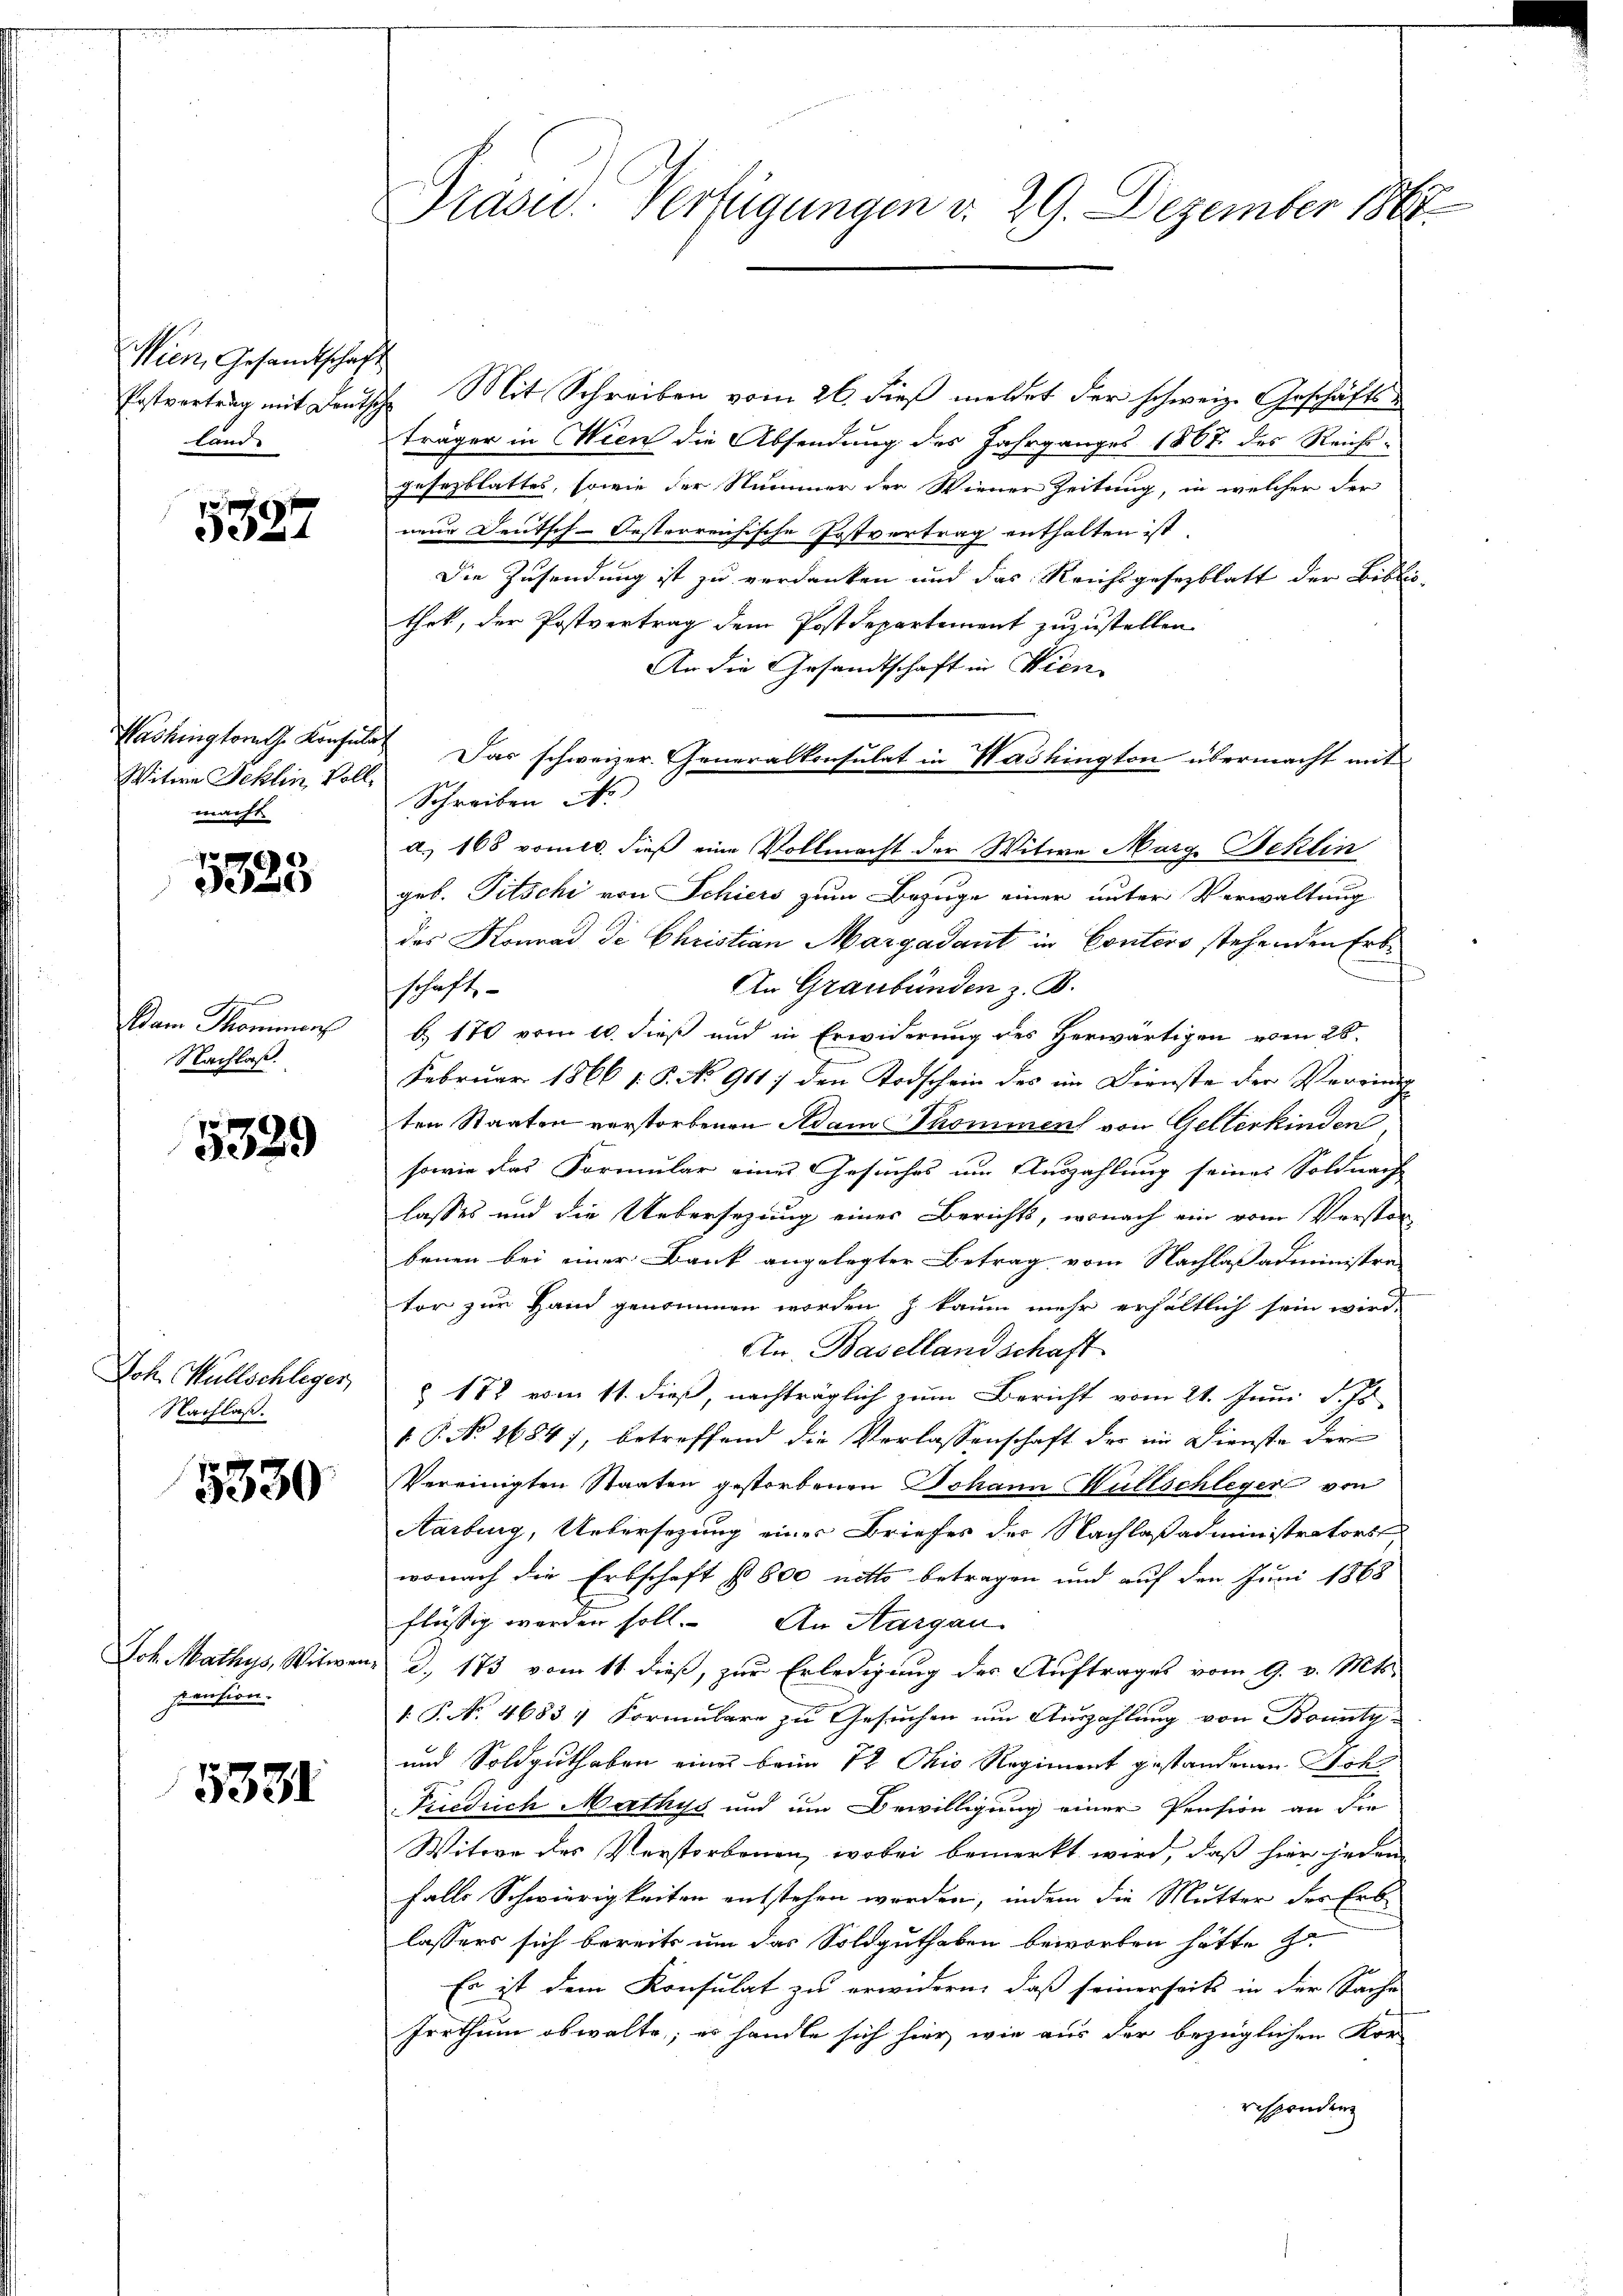
Wien, Gesandtschaft
land.

5327

Witwe Schlin voll Schreiben N
macht

7 x
3323

Dam Sommens
Nachlaß.

5529

Nachlaß.

5330

Joh. Mathys, Witwe
siension.

5331

Erstvortrag mit Deutsche Mit Schreiben vom 26. dieß meldet der schweiz. Geschäfts
träger in Wien die Absendung des Jahrganges 1807 des Reichsgesezblattes, sowie der Nummer der Wiener Zeitung, in welcher der
neur Deutsch-Oesterreichische Postvertrag enthalten ist.
Die Zusendung ist zu verdanken und das Reichsgesezblatt der Bibliothek, der Postvertrag dem Postdepartement zuzustellen
An die Gesandtschaft in Wien
Washingtorath Konsul Das schweizer. Generalkonsulat in Washington übermacht mit
a. 165 vom 10. dieß eine Vollmacht der Witwe Marg. Fehlin
geb. Pitschi von Schiers zum Bezuge einer unter Verwaltung
des Konrad de Christian Margadant in Contero stehenden Erb¬
An Graubünden z. B.
schaft
b. 170 vom 10. dieß und in Erwiderung des Herwärtigen vom 28.
Februar 1866 f. P. No 9117 den Todschein des im Dienste der Verring
ten Staaten verstorbenen Adam Thommen von Gelterkinden
sowie das Formular eines Gesuches um Auszahlung seines Soldnach
lasses und die Uebersezung einer Berichts, wonach ein vom Vorster-
benen bei einer Bank angelegter Betrag vom Nachlaßadministra-
tor zur Hand genommen worden) kaum mehr erhältlich sein wird.
An Baselland schaft
Joh. Müllschleger, § 172 vom 11. dieß, nachträglich zum Bericht vom 21. Juni d. Js.
1 P. No 26847, betreffend die Verlassenschaft der im Dienste der
Vereinigten Staaten gestorbenen Johann Hüllschleger von
Aarburg, Untersezung einer Briefes der Nachlaßadministratorst
wonach die Erbschaft § 800 netts betragen und auf den Juni 1863
flüssig werden soll. An Margau
m. d. 173 vom 11. dieß, zur Erledigung des Auftrages vom 9. v. Mts.
1. P. No. 4683/ Formulare zu Gesuchen um Auszahlung von Bounty-
und Soldguthaben eine beim 72 Ohio Regiment gestandenen Soh¬
Friedrich Mathys und um Bewilligung einer Pension an die
Witwe des Verstorbenen, wobei bemerkt wird, daß hier jeden
falls Schwierigkeiten entstehen werden, indem die Mutter des Erb-
lassers sich bereits um das Soldguthaben beworben hätte z
Es ist dem Konsulat zu erwidern, daß seinerseits in der Sache
Irrthum obwalte; es handle sich hier, wie aus der bezüglichen Kor
responden

Präsid. Verfügungen v. 29. Dezember 1804.